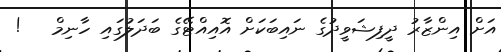
އަށް އިންޒާރު ދީފިޝަވީދުގެ ނައިބަކަށް އޮއިއްޓޭގެ ބަދަލުގައި ހާނިމް   !